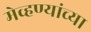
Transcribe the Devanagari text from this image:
मेव्हण्यांच्या